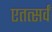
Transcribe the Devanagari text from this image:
एतत्सर्वं